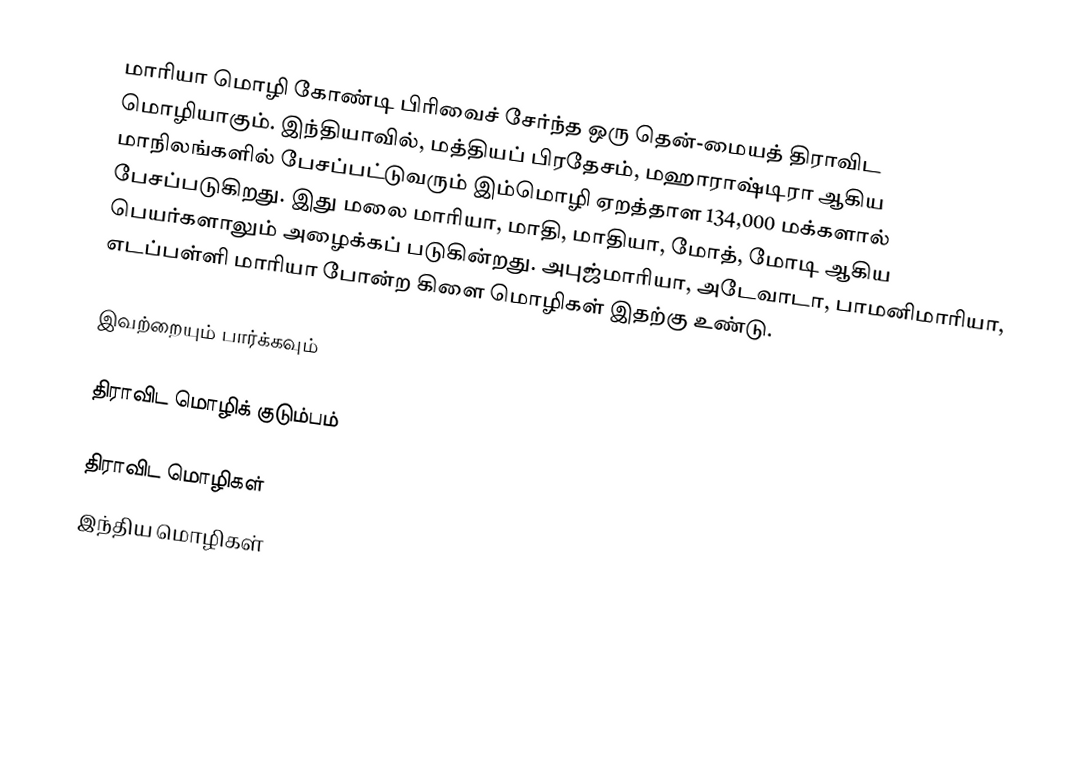
மாரியா மொழி கோண்டி பிரிவைச் சேர்ந்த ஒரு தென்-மையத் திராவிட மொழியாகும். இந்தியாவில், மத்தியப் பிரதேசம், மஹாராஷ்டிரா ஆகிய மாநிலங்களில் பேசப்பட்டுவரும் இம்மொழி ஏறத்தாள 134,000 மக்களால் பேசப்படுகிறது. இது மலை மாரியா, மாதி, மாதியா, மோத், மோடி ஆகிய பெயர்களாலும் அழைக்கப் படுகின்றது. அபுஜ்மாரியா, அடேவாடா, பாமனிமாரியா, எடப்பள்ளி மாரியா போன்ற கிளை மொழிகள் இதற்கு உண்டு.

இவற்றையும் பார்க்கவும்

 திராவிட மொழிக் குடும்பம்

திராவிட மொழிகள்
இந்திய மொழிகள்

sv:Gond#Dialekter